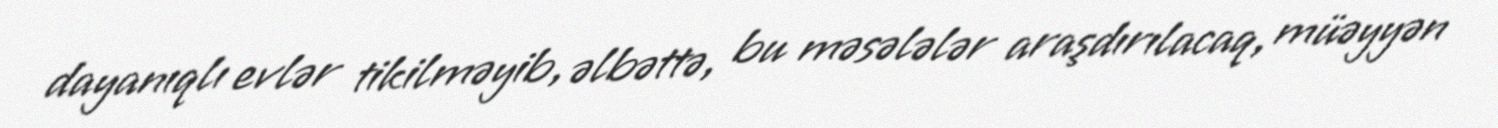
dayanıqlı evlər tikilməyib, əlbəttə, bu məsələlər araşdırılacaq, müəyyən